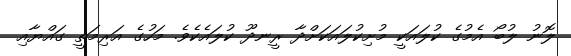
ލޮނު ލުބޯ އެމުގެ ކުލައަކީ މުށިކުލައަކަށްދާ ރީނދޫ ކުލައެކެވެ. މަހުގެ އަރިމަތީ ގައްޔާއި